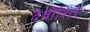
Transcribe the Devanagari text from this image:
देवोंशिरे